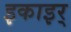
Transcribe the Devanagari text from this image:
इकाइर्